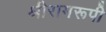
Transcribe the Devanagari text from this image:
श्रीरामरूपी